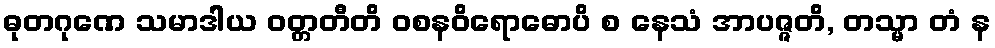
ဓုတဂုဏေ သမာဒါယ ဝတ္တတီတိ ဝစနဝိရောဓောပိ စ နေသံ အာပဇ္ဇတိ, တသ္မာ တံ န